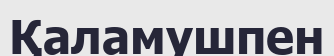
Қаламушпен